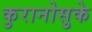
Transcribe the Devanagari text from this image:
कुरानोसुके